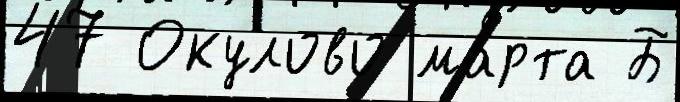
47 Окулово ма́рта Б